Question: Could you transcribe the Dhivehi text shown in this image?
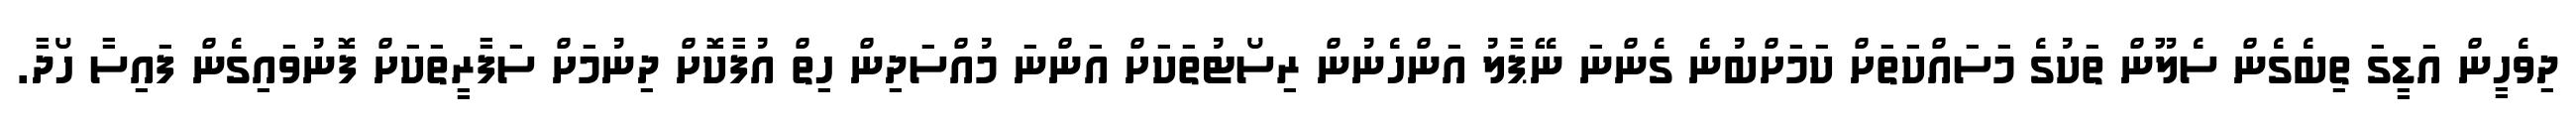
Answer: ދިވެހީން އަޑީގަ ތިބެގެން ސެލޫން ތަކުގެ މަސައްކަތަށް ކަމަށްބުނެ ގެންނަ ނޭޕާލު އަންހެނުން ރިސޯޓުތަކަށް އަންނަ މުއްސަދިން ހިތް އުފާކޮށް ދިނުމަށް ސަފާރީތަކަށް ފޮނުވައިގެން ފައިސާ ހޯދާ.